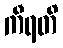
ကီရတိ